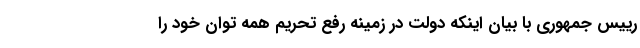
رییس جمهوری با بیان اینکه دولت در زمینه رفع تحریم همه توان خود را